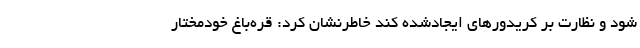
شود و نظارت بر کریدورهای ایجادشده کند خاطرنشان کرد: قره‌باغ خودمختار